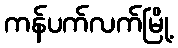
ကန်ပက်လက်မြို့